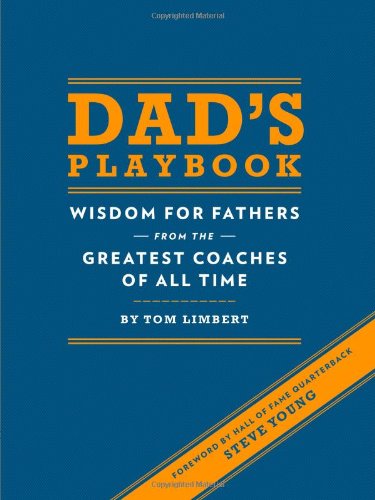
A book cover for Dad's Playbook: Wisdom for Fathers from the Greatest Coaches of All Time; Tom Limbert; Parenting & Relationships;